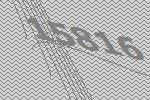
15816